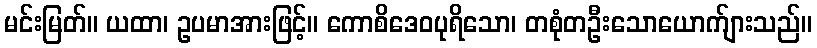
မင်းမြတ်။ ယထာ၊ ဥပမာအားဖြင့်။ ကောစိဒေဝပုရိသော၊ တစုံတဦးသောယောက်ျားသည်။